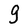
Character: g